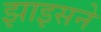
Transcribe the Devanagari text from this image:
झाइसने